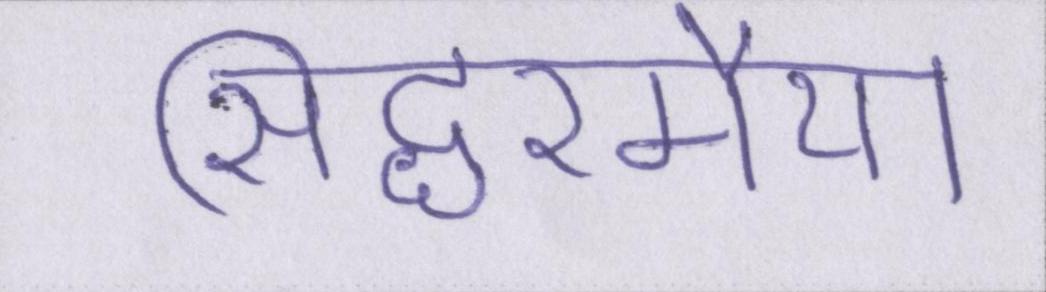
सिद्धरमैया